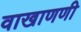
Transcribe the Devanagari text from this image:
वाखाणणी